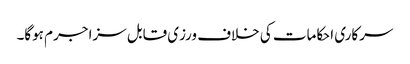
سرکاری احکامات کی خلاف ورزی قابل سزا جرم ہوگا۔